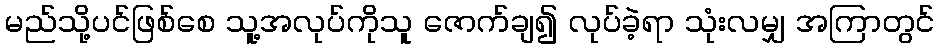
မည်သို့ပင်ဖြစ်စေ သူ့အလုပ်ကိုသူ ဇောက်ချ၍ လုပ်ခဲ့ရာ သုံးလမျှ အကြာတွင်